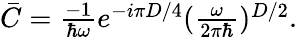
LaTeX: \begin{array}{r}{\bar{C}=\frac{-1}{\hbar\omega}e^{-i{\pi D}/{4}}(\frac{\omega}{2\pi\hbar})^{{D}/{2}}.}\end{array}